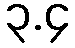
၃.၄